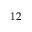
1 2